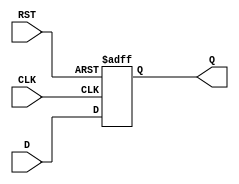
module synchronous_register (
    input wire D,          // Data Input
    input wire CLK,        // Clock Input
    input wire RST,        // Reset Input
    output reg Q           // Data Output
);

// Synchronous Reset and Data Capture
always @(posedge CLK or posedge RST) begin
    if (RST) begin
        Q <= 1'b0;        // Set Q to 0 when reset is active
    end else begin
        Q <= D;           // Capture the value at D on the rising edge of CLK
    end
end

endmodule